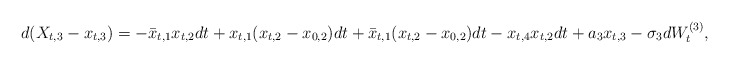
\begin{align*}d(X_{t,3} - x_{t,3}) = -\bar{x}_{t,1}x_{t,2}dt + x_{t,1}(x_{t,2} - x_{0,2})dt + \bar{x}_{t,1}(x_{t,2} - x_{0,2})dt - x_{t,4}x_{t,2}dt + a_3 x_{t,3} - \sigma_3 dW_t^{(3)},\end{align*}